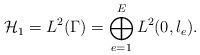
LaTeX: \begin{align*}\mathcal{H}_1=L^{2}(\Gamma)=\bigoplus_{e=1}^{E}L^{2}(0,l_{e}).\end{align*}